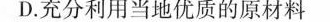
D. 充分利用当地优质的原材料